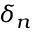
\delta _ { n }